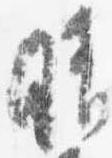
晴